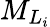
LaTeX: {M}_{{L}_{i}}